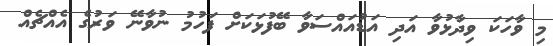
މި ވާހަކަ ވިދާޅުވާ އަދި އަޑުއައްސަވާ ބޭފުޅަކަށް ފަހުމު ނުވާނޭ ވަރުގެ އެއްޗެއް